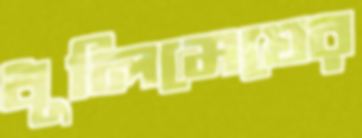
ধূলিমেঘের